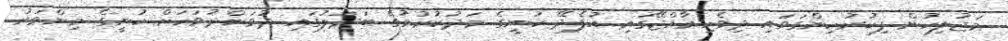
މަޖުލިހުން ފިކުރުހިންގަވައި ދިވެހިރާއްޖޭގައި އުފެދޭ ކުނީގެ މަދުކުރުމުގެ ބަދަލުގައި ދުވަންދުވަހަށް ކުނީގެ މިންވަރު